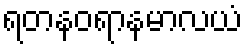
ရတနဝရာနမာလယံ